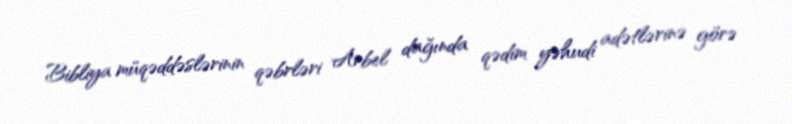
Bibliya müqəddəslərinin qəbrləri Arbel dağında qədim yəhudi adətlərinə görə